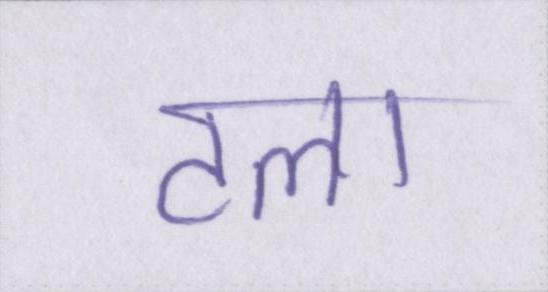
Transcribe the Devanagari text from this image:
टला